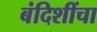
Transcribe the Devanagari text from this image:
बंदिशींचा